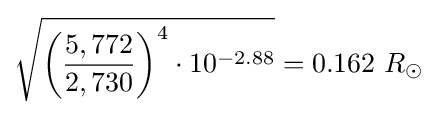
{\sqrt {{\biggl (}{\frac {5,772}{2,730}}{\biggr )}^{4}\cdot 10^{-2.88}}}=0.162\ R_{\odot }